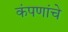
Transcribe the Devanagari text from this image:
कंपणांचे